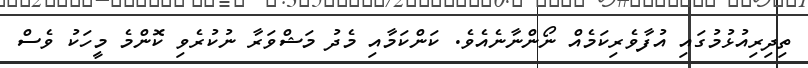
ތިދިރިއުޅުމުގައި އުފާވެރިކަމެއް ނޯންނާނެއެވެ. ކަންކަމާއި މެދު މަޝްވަރާ ނުކުރެވި ކޮންމެ މީހަކު ވެސް